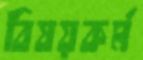
বিষয়কর্ম